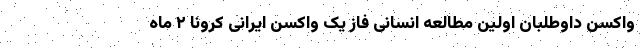
واکسن داوطلبان اولین مطالعه انسانی فاز یک واکسن ایرانی کرونا ۲ ماه